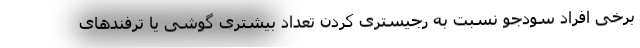
برخی افراد سودجو نسبت به رجیستری کردن تعداد بیشتری گوشی یا ترفندهای